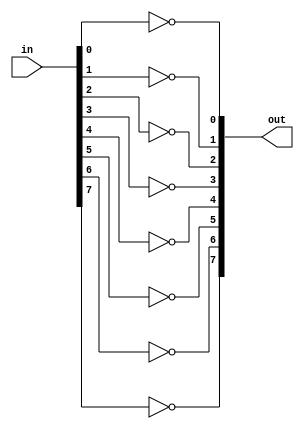
`timescale 1ns / 1ps

module not_8(
    output [7:0] out,
	input [7:0] in
);

not NOT0 ( out[0], in[0] );
not NOT1 ( out[1], in[1] );
not NOT2 ( out[2], in[2] );
not NOT3 ( out[3], in[3] );
not NOT4 ( out[4], in[4] );
not NOT5 ( out[5], in[5] );
not NOT6 ( out[6], in[6] );
not NOT7 ( out[7], in[7] );

endmodule